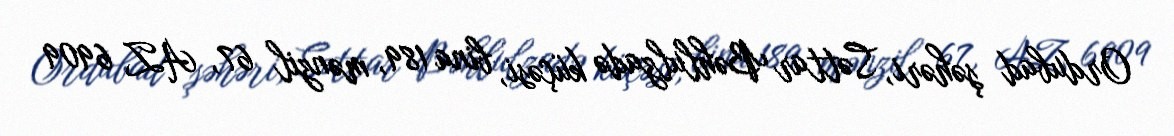
Ordubad şəhəri, Səttar Bəhlulzadə küçəsi, bina 189, mənzil 67, AZ 6909